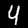
Digit: 4